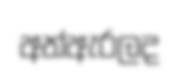
අත්ඇරලද